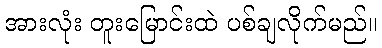
အားလုံး တူးမြောင်းထဲ ပစ်ချလိုက်မည်။